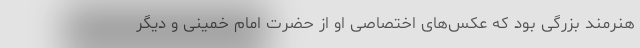
هنرمند بزرگی بود که عکس‌های اختصاصی او از حضرت امام خمینی و دیگر